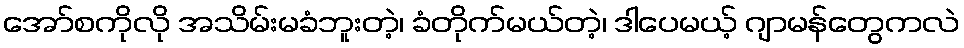
အော်စကိုလို အသိမ်းမခံဘူးတဲ့၊ ခံတိုက်မယ်တဲ့၊ ဒါပေမယ့် ဂျာမန်တွေကလဲ